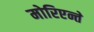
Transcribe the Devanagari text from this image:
मोरिएन्ते